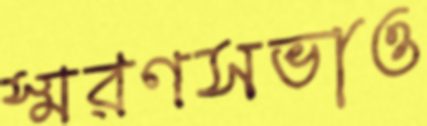
স্মরণসভাও